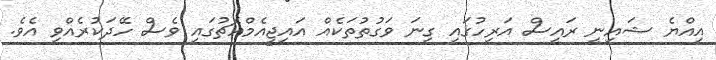
އިއްޔެ ޝައިނީ ރައީސް އަރިހުގައި ގިނަ ވަގުތުތަކެއް އައިޖީއެމްއެޗުގައި ވެސް ހޭދަކުރެއްވި އެވެ.